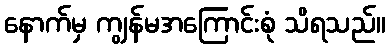
နောက်မှ ကျွန်မအကြောင်းစုံ သိရသည်။